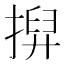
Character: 𢱲